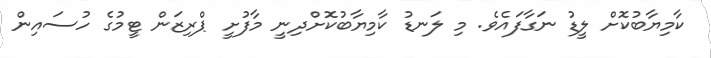
ކާމިޔާބުކޮށް ލީޑު ނަގާފައެވެ. މި ލަނޑު ކާމިޔާބުކޮށްދިނީ މާފުށީ ޕްރިޒަން ޓީމުގެ ހުސައިން